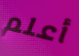
أعلم